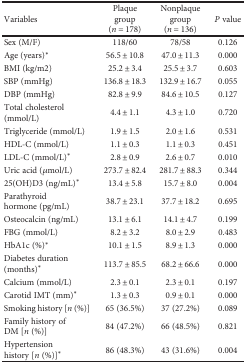
<table><thead><tr><td><b>Variables</b></td><td><b>Plaque group(<i>n</i> = 178)</b></td><td><b>Nonplaque group(<i>n</i> = 136)</b></td><td><b><i>P</i> value</b></td></tr></thead><tbody><tr><td>Sex (M/F)</td><td>118/60</td><td>78/58</td><td>0.126</td></tr><tr><td>Age (years)<sup>∗</sup></td><td>56.5 ± 10.8</td><td>47.0 ± 11.3</td><td>0.000</td></tr><tr><td>BMI (kg/m2)</td><td>25.2 ± 3.4</td><td>25.5 ± 3.7</td><td>0.603</td></tr><tr><td>SBP (mmHg)</td><td>136.8 ± 18.3</td><td>132.9 ± 16.7</td><td>0.055</td></tr><tr><td>DBP (mmHg)</td><td>82.8 ± 9.9</td><td>84.6 ± 10.5</td><td>0.127</td></tr><tr><td>Total cholesterol (mmol/L)</td><td>4.4 ± 1.1</td><td>4.3 ± 1.0</td><td>0.720</td></tr><tr><td>Triglyceride (mmol/L)</td><td>1.9 ± 1.5</td><td>2.0 ± 1.6</td><td>0.531</td></tr><tr><td>HDL-C (mmol/L)</td><td>1.1 ± 0.3</td><td>1.1 ± 0.3</td><td>0.451</td></tr><tr><td>LDL-C (mmol/L)<sup>∗</sup></td><td>2.8 ± 0.9</td><td>2.6 ± 0.7</td><td>0.010</td></tr><tr><td>Uric acid (<i>μ</i>mol/L)</td><td>273.7 ± 82.4</td><td>281.7 ± 88.3</td><td>0.344</td></tr><tr><td>25(OH)D3 (ng/mL)<sup>∗</sup></td><td>13.4 ± 5.8</td><td>15.7 ± 8.0</td><td>0.004</td></tr><tr><td>Parathyroid hormone (pg/mL)</td><td>38.7 ± 23.1</td><td>37.7 ± 18.2</td><td>0.695</td></tr><tr><td>Osteocalcin (ng/mL)</td><td>13.1 ± 6.1</td><td>14.1 ± 4.7</td><td>0.199</td></tr><tr><td>FBG (mmol/L)</td><td>8.2 ± 3.2</td><td>8.0 ± 2.9</td><td>0.483</td></tr><tr><td>HbA1c (%)<sup>∗</sup></td><td>10.1 ± 1.5</td><td>8.9 ± 1.3</td><td>0.000</td></tr><tr><td>Diabetes duration (months)<sup>∗</sup></td><td>113.7 ± 85.5</td><td>68.2 ± 66.6</td><td>0.000</td></tr><tr><td>Calcium (mmol/L)</td><td>2.3 ± 0.1</td><td>2.3 ± 0.1</td><td>0.197</td></tr><tr><td>Carotid IMT (mm)<sup>∗</sup></td><td>1.3 ± 0.3</td><td>0.9 ± 0.1</td><td>0.000</td></tr><tr><td>Smoking history [<i>n</i> (%)]</td><td>65 (36.5%)</td><td>37 (27.2%)</td><td>0.089</td></tr><tr><td>Family history of DM [<i>n</i> (%)]</td><td>84 (47.2%)</td><td>66 (48.5%)</td><td>0.821</td></tr><tr><td>Hypertension history [<i>n</i> (%)]<sup>∗</sup></td><td>86 (48.3%)</td><td>43 (31.6%)</td><td>0.004</td></tr></tbody></table>